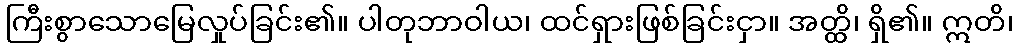
ကြီးစွာသောမြေလှုပ်ခြင်း၏။ ပါတုဘာဝါယ၊ ထင်ရှားဖြစ်ခြင်းငှာ။ အတ္ထိ၊ ရှိ၏။ ဣတိ၊